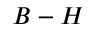
B - H